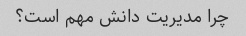
چرا مدیریت دانش مهم است؟